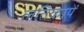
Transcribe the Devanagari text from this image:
लतिकायें